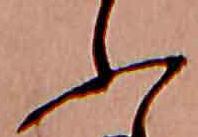
ふ